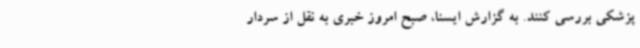
پزشکی بررسی کنند. به گزارش ایسنا، صبح امروز خبری به نقل از سردار